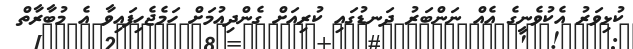
ކުޅިވަރު އެކުވެނީގެ އެއް ނަންބަރު ދަނޑުގައި ކުރިއަށް ގެންދިއުމަށް ހަމެޖެހިފައިވާ އެ މުބާރާތް